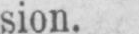
sion.